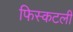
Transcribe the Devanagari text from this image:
फिस्कटली